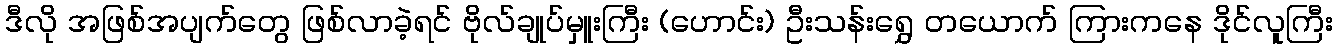
ဒီလို အဖြစ်အပျက်တွေ ဖြစ်လာခဲ့ရင် ဗိုလ်ချုပ်မှူးကြီး (ဟောင်း) ဦးသန်းရွှေ တယောက် ကြားကနေ ဒိုင်လူကြီး